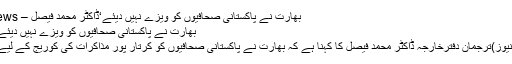
بھارت نے پاکستانی صحافیوں کو ویزے نہیں دیئے‘ڈاکٹر محمد فیصل – Free Hand News
بھارت نے پاکستانی صحافیوں کو ویزے نہیں دیئے‘ڈاکٹر محمد فیصل
اسلام آباد(فری ہینڈ نیوز)ترجمان دفترخارجہ ڈاکٹر محمد فیصل کا کہنا ہے کہ بھارت نے پاکستانی صحافیوں کو کرتار پور مذاکرات کی کوریج کے لیے ویزے نہیں دیئے۔